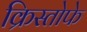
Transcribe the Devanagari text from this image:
क्रिस्तोफे